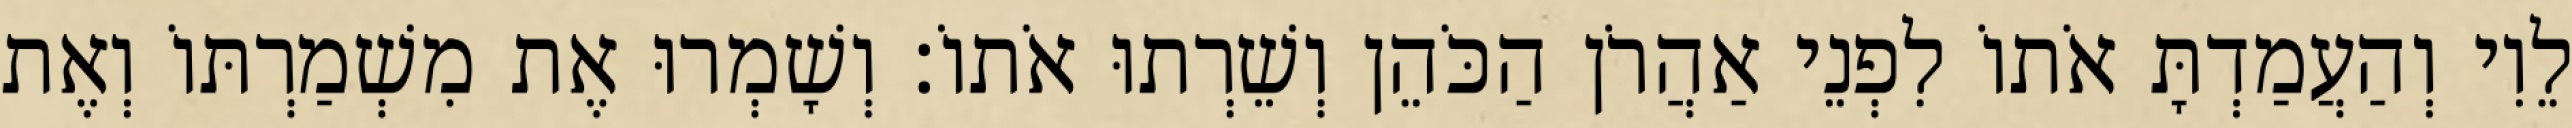
לֵוִי וְהַעֲמַדְתָּ אֹתוֹ לִפְנֵי אַהֲרֹן הַכֹּהֵן וְשֵׁרְתוּ אֹתוֹ׃ וְשָׁמְרוּ אֶת מִשְׁמַרְתּוֹ וְאֶת